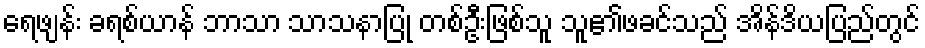
ရေဖျန်း ခရစ်ယာန် ဘာသာ သာသနာပြု တစ်ဦးဖြစ်သူ သူ၏ဖခင်သည် အိန်ဒိယပြည်တွင်